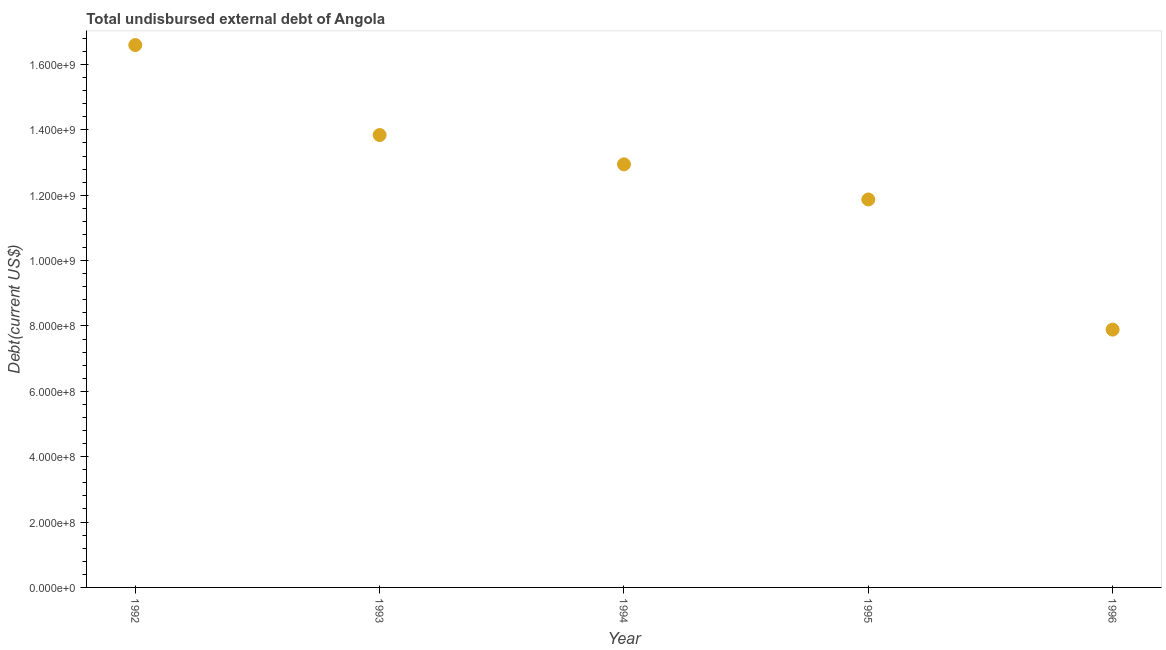
| Year | Total debt |
 | --- | --- |
 | 1992 | 1.66e+09 |
 | 1993 | 1.38e+09 |
 | 1994 | 1.29e+09 |
 | 1995 | 1.19e+09 |
 | 1996 | 7.89e+08 |